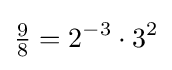
{\tfrac {9}{8}}=2^{-3}\cdot 3^{2}